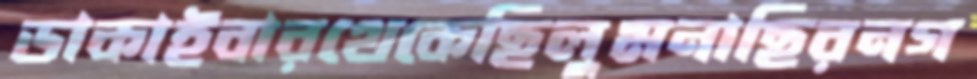
ডাকাইবারথেকেছিলুমনাছিরনগ